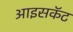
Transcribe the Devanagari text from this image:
आइसकॅट